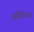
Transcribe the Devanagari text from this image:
ऑनियन्स